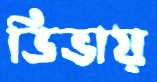
ডিভায়